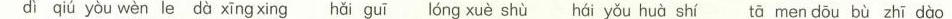
di qiu you wen le da xing xing hai gui long xue shu hai you hua shi ta men dou bu zhi dao